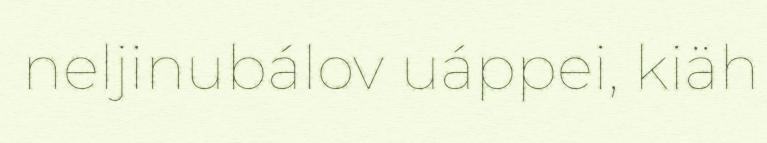
neljinubálov uáppei, kiäh